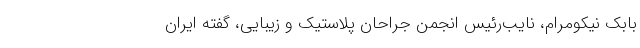
بابک نیکومرام، نایب‌رئیس انجمن جراحان پلاستیک و زیبایی، گفته ایران